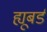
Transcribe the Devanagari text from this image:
ह्यूबर्ड